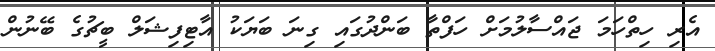
އެރި ހިތްހަމަ ޖައްސާލުމަށް ހަފްތާ ބަންދުގައި ގިނަ ބަޔަކު އާޓިފިޝަލް ބީޗުގެ ބޭނުން